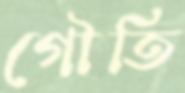
গৌতি